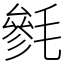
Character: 毿